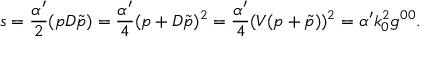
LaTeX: s = \frac { \alpha ^ { \prime } } { 2 } ( p D \tilde { p } ) = \frac { \alpha ^ { \prime } } { 4 } ( p + D \tilde { p } ) ^ { 2 } = \frac { \alpha ^ { \prime } } { 4 } ( V ( p + \tilde { p } ) ) ^ { 2 } = \alpha ^ { \prime } k _ { 0 } ^ { 2 } g ^ { 0 0 } .